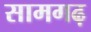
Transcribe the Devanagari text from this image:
सामगढ़